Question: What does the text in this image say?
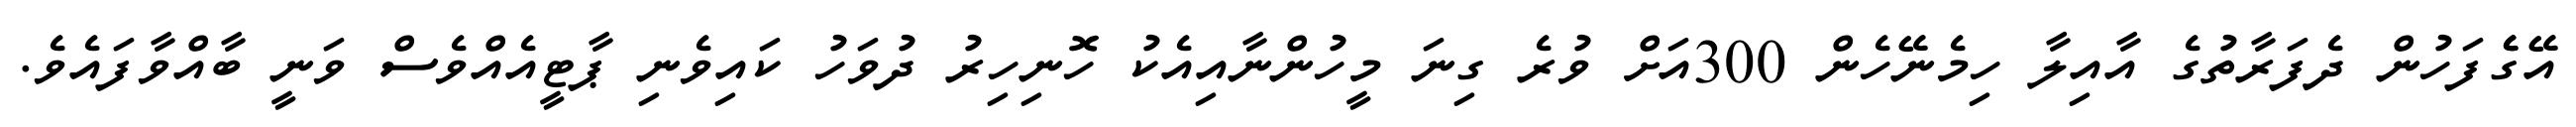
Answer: އޭގެެފަހުން ދެފަރާތުގެ އާއިލާ ހިމެނޭހެން 300އަށް ވުރެ ގިނަ މީހުންނާއިއެކު ހޮނިހިރު ދުވަހު ކައިވެނި ޕާޓީއެއްވެސް ވަނީ ބާއްވާފައެވެ.